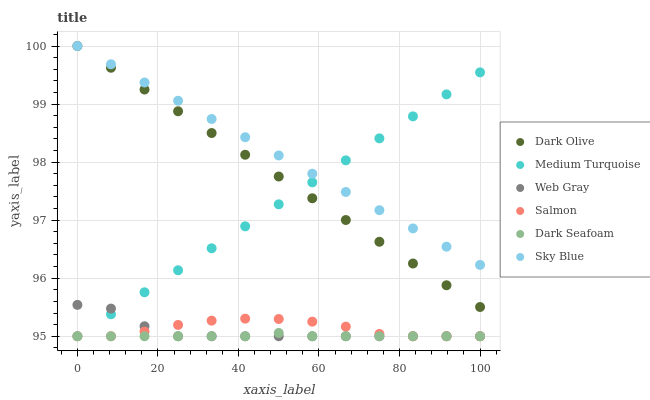
| xaxis_label | Dark Olive | Medium Turquoise | Web Gray | Salmon | Dark Seafoam | Sky Blue |
 | --- | --- | --- | --- | --- | --- | --- |
 | 0 | 100 | 95 | 95.5 | 95 | 95 | 100 |
 | 8.33 | 99.6 | 95.4 | 95.5 | 95 | 95 | 99.7 |
 | 16.7 | 99.3 | 95.8 | 95.2 | 95.1 | 95 | 99.4 |
 | 25 | 98.9 | 96.1 | 95 | 95.2 | 95 | 99.1 |
 | 33.3 | 98.5 | 96.5 | 95 | 95.3 | 95 | 98.7 |
 | 41.7 | 98.1 | 96.9 | 95 | 95.3 | 95 | 98.4 |
 | 50 | 97.8 | 97.3 | 95 | 95.3 | 95.1 | 98.1 |
 | 58.3 | 97.4 | 97.7 | 95 | 95.3 | 95 | 97.8 |
 | 66.7 | 97 | 98 | 95 | 95.2 | 95 | 97.5 |
 | 75 | 96.6 | 98.4 | 95 | 95 | 95 | 97.2 |
 | 83.3 | 96.3 | 98.8 | 95 | 95 | 95 | 96.9 |
 | 91.7 | 95.9 | 99.2 | 95 | 95 | 95 | 96.5 |
 | 100 | 95.5 | 99.5 | 95 | 95 | 95 | 96.2 |